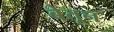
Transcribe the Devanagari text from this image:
बेतून